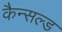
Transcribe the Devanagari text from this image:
कैन्सल्ड